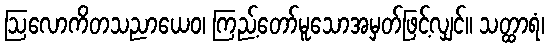
ဩလောကိတသညာယေဝ၊ ကြည့်တော်မူသောအမှတ်ဖြင့်လျှင်။ သတ္ထာရံ၊